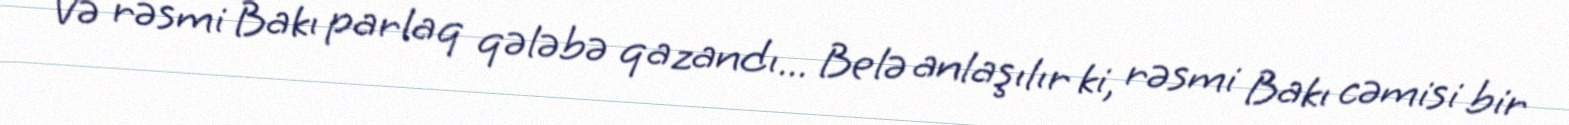
Və rəsmi Bakı parlaq qələbə qazandı... Belə anlaşılır ki, rəsmi Bakı cəmisi bir